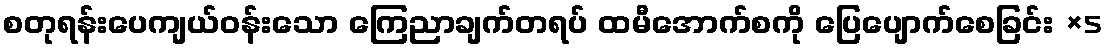
စတုရန်းပေကျယ်ဝန်းသော ကြေညာချက်တရပ် ထမီအောက်စကို ပြေပျောက်စေခြင်း ×5